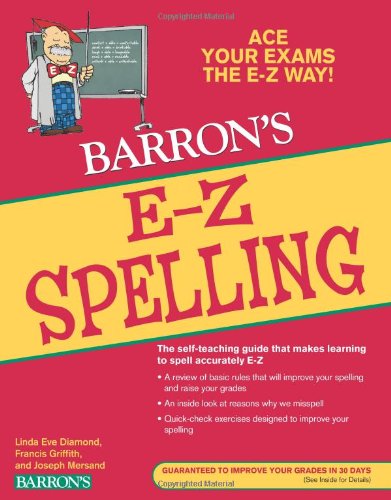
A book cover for E-Z Spelling (Barron's E-Z Series); Linda Eve Diamond; Reference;